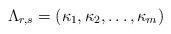
LaTeX: \begin{align*}\Lambda_{r,s} = ( \kappa_1, \kappa_2, \ldots, \kappa_{m} ) \end{align*}